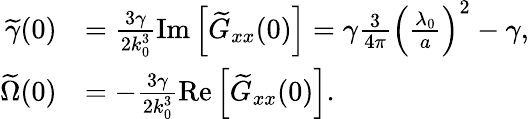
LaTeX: \begin{array}{rl}{\widetilde\gamma(0)}&{=\frac{3\gamma}{2k_{0}^{3}}\mathrm{Im}\left[\widetilde G_{xx}(0)\right]=\gamma\frac{3}{4\pi}\left(\frac{\lambda_{0}}{a}\right)^{2}-\gamma,}\\ {\widetilde\Omega(0)}&{=-\frac{3\gamma}{2k_{0}^{3}}\mathrm{Re}\left[\widetilde G_{xx}(0)\right].}\end{array}